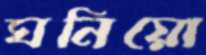
ঘনিয়ো